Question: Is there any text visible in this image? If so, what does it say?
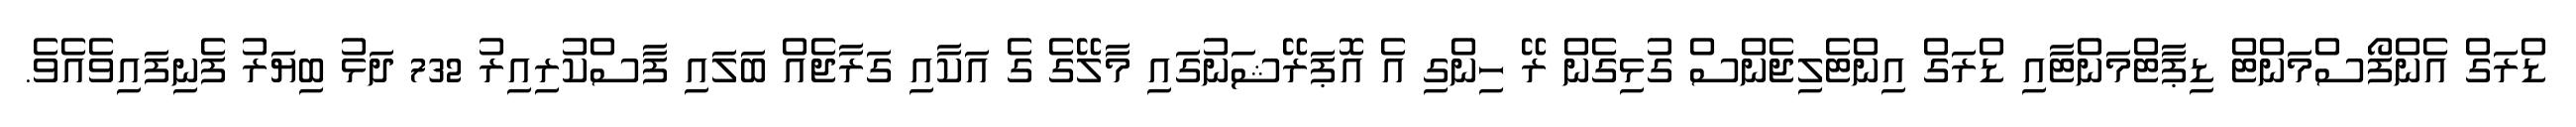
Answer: ޑްރަގް އެންފޯސްމަންޓް ޑިޕާޓްމަންޓާއި ޑްރަގް އިންޓެލިޖެންސް ގުޅިގެން ރޭ ހިންގި އެ އޮޕަރޭޝަނުގައި މާލޭގެ ގެ އަކާއި ގަރާޖެއް ބަލައި ފާސްކުރިއިރު 732 ދަޅު ބިޔަރު ފެނިފައިވެއެވެ.